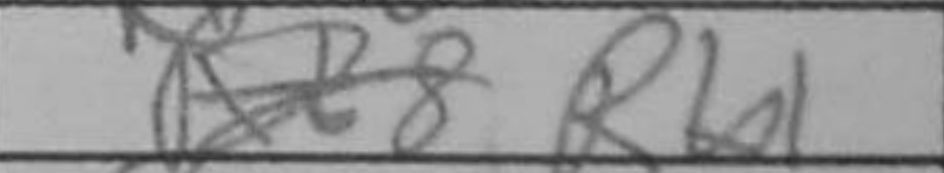
Transcription: Rb1